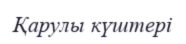
Қарулы күштері